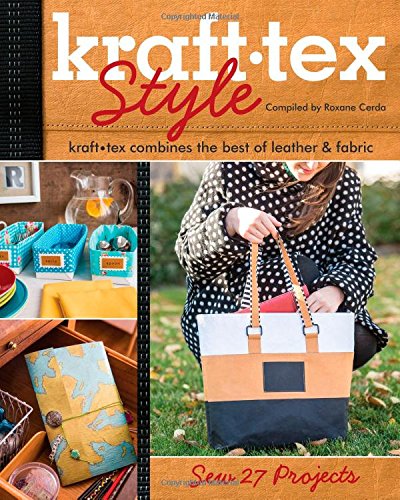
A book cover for krafttex(TM) Style: krafttex Combines the Best of Leather & Fabric  Sew 27 Projects; Crafts, Hobbies & Home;